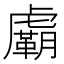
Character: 𧈉